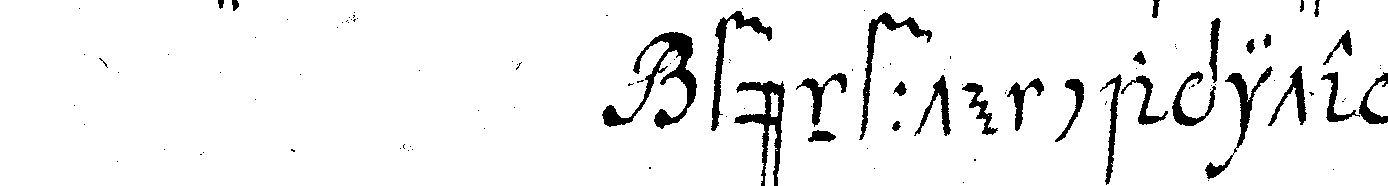
fünffte capitel .